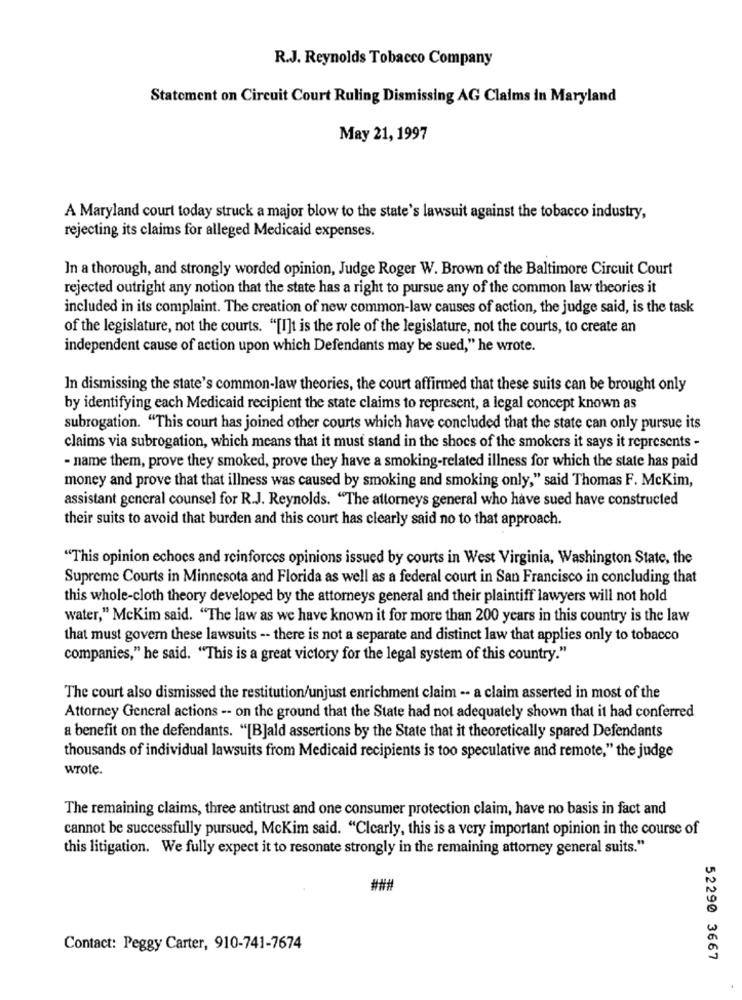
R.J. Reynolds Tobacco Company
Statement on Circuit Court Ruling Dismissing AG Claims in Maryland
May 21, 1997
A Maryland court today struck a major blow to the state's lawsuit against the tobacco industry,
rejecting its claims for alleged Medicaid expenses.
In a thorough, and strongly worded opinion, Judge Roger W. Brown of the Baltimore Circuit Court
rejected outright any notion that the state has a right to pursue any of the common law theories it
included in its complaint. The creation of new common-law causes of action, the judge said, is the task
of the legislature, not the courts. "[I]t is the role of the legislature, not the courts, to create an
independent cause of action upon which Defendants may be sued," he wrote.
In dismissing the state's common-law theories, the court affirmed that these suits can be brought only
by identifying each Medicaid recipient the state claims to represent, a legal concept known as
subrogation. "This court has joined other courts which have concluded that the state can only pursue its
claims via subrogation, which means that it must stand in the shoes of the smokers it says it represents -
- name them, prove they smoked, prove they have a smoking-related illness for which the state has paid
money and prove that that illness was caused by smoking and smoking only," said Thomas F. McKim,
assistant general counsel for R.J. Reynolds. "The attorneys general who have sued have constructed
their suits to avoid that burden and this court has clearly said no to that approach.
"This opinion echocs and reinforces opinions issued by courts in West Virginia, Washington State, the
Supreme Courts in Minnesota and Florida as well as a federal court in San Francisco in concluding that
this whole-cloth theory developed by the attorneys general and their plaintiff lawyers will not hold
water," McKim said. "The law as we have known it for more than 200 years in this country is the law
that must govern these lawsuits -- there is not a separate and distinct law that applies only to tobacco
companies," he said. "This is a great victory for the legal system of this country."
The court also dismissed the restitution/unjust enrichment claim -- a claim asserted in most of the
Attorney General actions -- on the ground that the State had not adequately shown that it had conferred
a benefit on the defendants. "[B]ald assertions by the State that it theoretically spared Defendants
thousands of individual lawsuits from Medicaid recipients is too speculative and remote," the judge
wrote.
The remaining claims, three antitrust and one consumer protection claim, have no basis in fact and
cannot be successfully pursued, McKim said. "Clearly, this is a very important opinion in the course of
this litigation. We fully expect it to resonate strongly in the remaining attorney general suits."
###
Contact: Peggy Carter, 910-741-7674
52290 3667